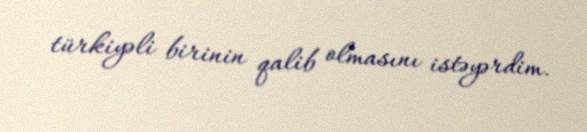
türkiyəli birinin qalib olmasını istəyərdim.